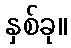
နှစ်ခု။